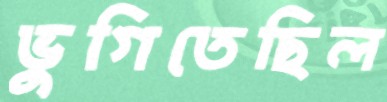
ভুগিতেছিল